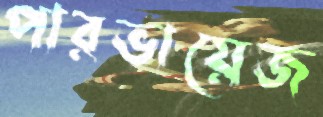
পারভায়েজ